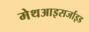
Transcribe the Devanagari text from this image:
मेथआइसर्जाइड